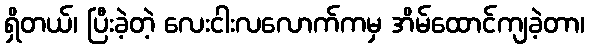
ရှိတယ်၊ ပြီးခဲ့တဲ့ လေးငါးလလောက်ကမှ အိမ်ထောင်ကျခဲ့တာ၊